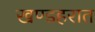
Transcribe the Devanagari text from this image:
खण्डहरात